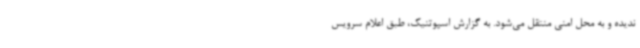
ندیده و به محل امنی منتقل می‌شود. به گزارش اسپوتنیک، طبق اعلام سرویس